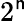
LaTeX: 2^{\mathsf{n}}